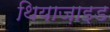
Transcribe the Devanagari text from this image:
थियाज़ाइड